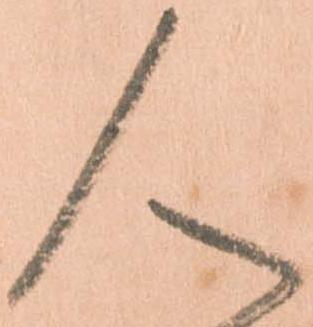
人